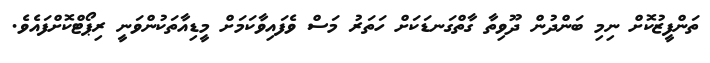
ތަންފީޒުކޮށް ނިމި ބަންދުން ދޫވިތާ ގާތްގަނޑަކަށް ހަތަރު މަސް ވެފައިވާކަމަށް މީޑިއާތަކުންވަނީ ރިޕޯޓްކޮށްފައެވެ.